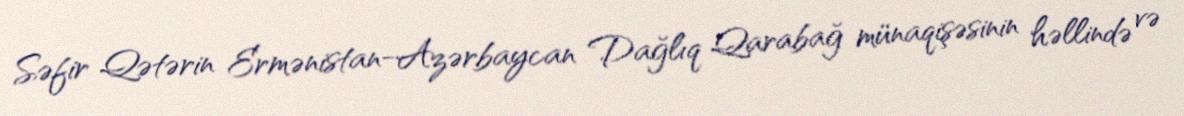
Səfir Qətərin Ermənistan-Azərbaycan Dağlıq Qarabağ münaqişəsinin həllində və